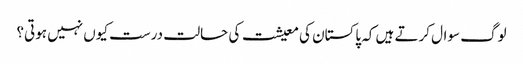
لوگ سوال کرتے ہیں کہ پاکستان کی معیشت کی حالت درست کیوں نہیں ہوتی؟